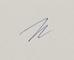
Signature authenticity: genuine